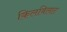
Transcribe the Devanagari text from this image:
किलबिलाट